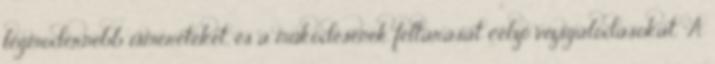
legmodernebb ismereteket, és a működésének feltárását célzó vizsgálódásokat. "A